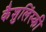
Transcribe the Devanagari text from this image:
कैशुलिंस्की